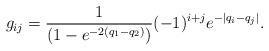
LaTeX: \begin{align*}g_{ij}=\frac{1}{\left(1-e^{-2(q_1-q_2)}\right)}(-1)^{i+j}e^{-|q_i-q_j|}.\end{align*}